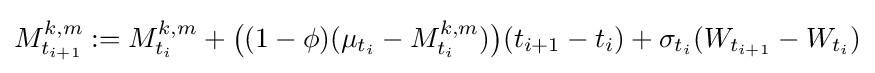
M_{t_{i+1}}^{k,m}:=M_{t_{i}}^{k,m}+{\big (}(1-\phi )(\mu _{t_{i}}-M_{t_{i}}^{k,m}){\big )}(t_{i+1}-t_{i})+\sigma _{t_{i}}(W_{t_{i+1}}-W_{t_{i}})